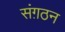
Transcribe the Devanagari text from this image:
संग़ठन